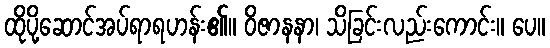
ထိုပို့ဆောင်အပ်ရာရဟန်း၏။ ဝိဇာနနာ၊ သိခြင်းလည်းကောင်း။ ပေ။